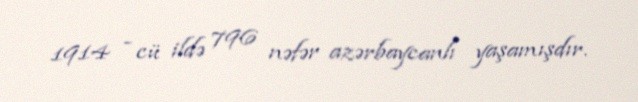
1914 - cü ildə 796 nəfər azərbaycanlı yaşamışdır.